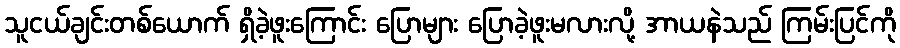
သူငယ်ချင်းတစ်ယောက် ရှိခဲ့ဖူးကြောင်း ပြောများ ပြောခဲ့ဖူးမလားလို့ အာယနဲသည် ကြမ်းပြင်ကို